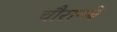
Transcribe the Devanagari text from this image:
चौरानबे